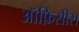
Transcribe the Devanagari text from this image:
ऑफ़िसीस